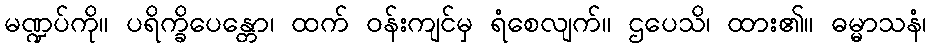
မဏ္ဍပ်ကို။ ပရိက္ခိပေန္တော၊ ထက် ဝန်းကျင်မှ ရံစေလျက်။ ဌပေသိ၊ ထား၏။ ဓမ္မာသနံ၊